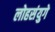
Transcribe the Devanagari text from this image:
लोहसंयुगे